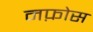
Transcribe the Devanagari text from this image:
नफ़ोस